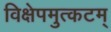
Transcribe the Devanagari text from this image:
विक्षेपमुत्कटम्